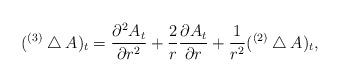
LaTeX: \begin{align*}({ }^{(3)}\bigtriangleup A)_{t}={\partial^{2}A_{t} \over\partial r^{2}}+{2\over r}{\partial A_{t}\over \partial r}+{1\over r^{2}} ({ }^{(2)}\bigtriangleup A)_{t} ,\end{align*}